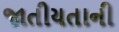
જાતીયતાની